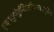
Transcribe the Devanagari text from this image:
एय्ह्व्र्तुयेर्तुय्तिउत्र्य्त्यिउएयुर्तिउ